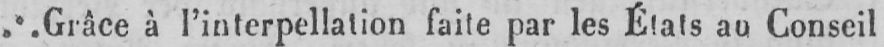
...Grâce à l’interpellation faite par les États au Conseil